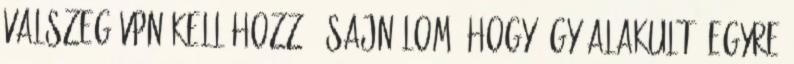
valszeg vpn kell hozzá: Sajnálom, hogy így alakult: Egyre